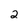
Character: 2